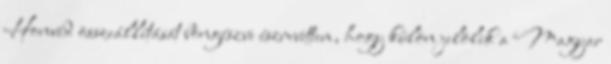
Honvéd összeállítását böngészve észrevettem, hogy külön jelölik a Magyar